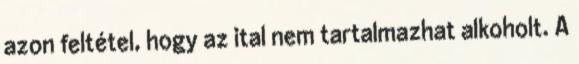
azon feltétel, hogy az ital nem tartalmazhat alkoholt. A